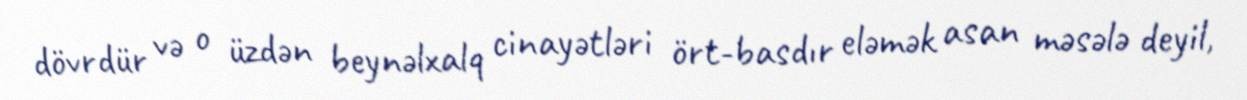
dövrdür və o üzdən beynəlxalq cinayətləri ört-basdır eləmək asan məsələ deyil,